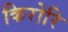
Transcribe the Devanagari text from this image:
किरोरि